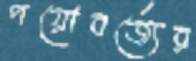
পয়োবর্জ্যের